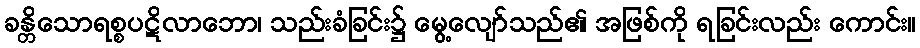
ခန္တိသောရစ္စပဋိလာဘော၊ သည်းခံခြင်း၌ မွေ့လျော်သည်၏ အဖြစ်ကို ရခြင်းလည်း ကောင်း။